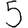
Digit: 5